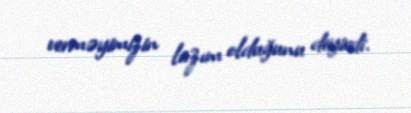
verməyimizin lazım olduğunu deyirdi.